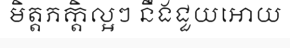
មិត្តភក្តិល្អៗ នឹងជួយអោយ